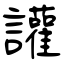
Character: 讙